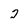
Character: 2